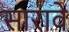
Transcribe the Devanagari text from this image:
सारावे